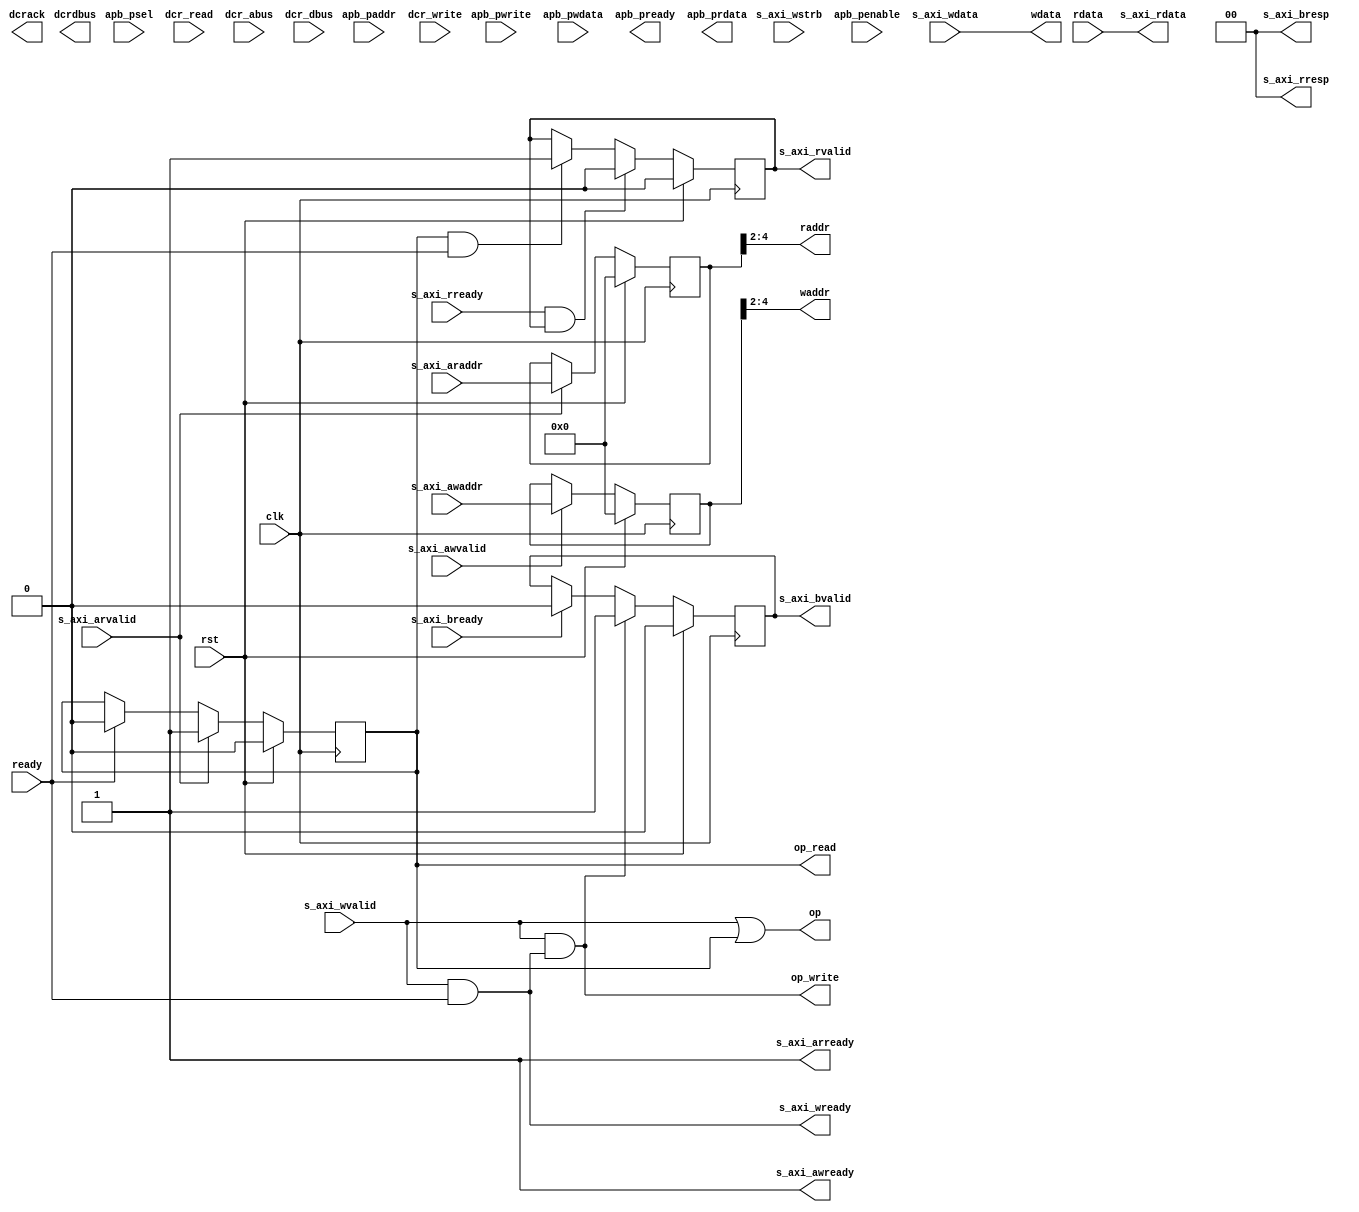
//---------------------------------------------------------
// Author      :
// Company     :
//
//---------------------------------------------------------
// Description: 
// This is a bus convert module, the supportting 
// input interface is AXI-Lite, APB and DCR interface.
// Do not support write data mark or read data mark.
//---------------------------------------------------------
// parameter:
// C_BUS_PROTOCAL  0: AXI-Lite
//                 1: APB
//                 2: DCR
// 
//---------------------------------------------------------
// Output Timing 
// Note: 1 Ready signal must be arrive within 8 cycle after op start.
//       2 Read data must not be channged if no new read op occur.
// Write Timing: 
//              |--|  |--|  |--|  |--| 
// clk     -----|  |--|  |--|  |--|  |--
//              |-----------|
// op      -----|           |-----------
//              |-----------|
// op_write-----|           |-----------
//              |***********|
// waddr   -----|***********|-----------
//              |***********|
// wdata   -----|***********|-----------
//                    |-----|
// ready   -----------|     |-----------
// 
// Read Timing:
//              |--|  |--|  |--|  |--|  
// clk     -----|  |--|  |--|  |--|  |--
//              |-----------|
// op      -----|           |-----------
//              |-----------|
// op_read -----|           |-----------
//              |***********|
// raddr   -----|***********|-----------
//                    |*****|
// rdata   -----------|*****|
//                    |-----|
// ready   -----------|     |-----------
//
//---------------------------------------------------------

`timescale 1ns/1ps

module bus_conv
  (
   clk,
   rst,

   s_axi_awaddr,
   s_axi_awvalid,
   s_axi_awready,
   s_axi_wdata,
   s_axi_wstrb,
   s_axi_wvalid,
   s_axi_wready,
   s_axi_bresp,
   s_axi_bvalid,
   s_axi_bready,
   s_axi_araddr,
   s_axi_arvalid,
   s_axi_arready,
   s_axi_rdata,
   s_axi_rresp,
   s_axi_rvalid,
   s_axi_rready,

   apb_psel,
   apb_penable,
   apb_paddr,
   apb_pwrite,
   apb_pwdata,
   apb_pready,
   apb_prdata,

   dcr_read,
   dcr_write,
   dcr_abus,
   dcr_dbus,
   dcrdbus,
   dcrack,

   op,
   op_write,
   op_read,
   waddr,
   raddr,
   wdata,
   ready,
   rdata
   );
   parameter C_BUS_PROTOCAL = 0;
   parameter C_S_AXI_ADDR_WIDTH = 5;
   parameter C_S_AXI_DATA_WIDTH = 32;
   parameter C_APB_ADDR_WIDTH = 32;
   parameter C_APB_DATA_WIDTH = 32;
   parameter C_DCR_AWIDTH = 5;
   parameter C_DCR_DWIDTH = 32;
   parameter C_ADDR_W = 3;

   input clk;
   input rst;
   input [C_S_AXI_ADDR_WIDTH-1:0] s_axi_awaddr;
   input 			  s_axi_awvalid;
   output 			  s_axi_awready;
   input [C_S_AXI_DATA_WIDTH-1:0] s_axi_wdata;
   input [C_S_AXI_DATA_WIDTH/8-1:0] s_axi_wstrb;
   input 			    s_axi_wvalid;
   output 			    s_axi_wready;
   output [1:0] 		    s_axi_bresp;
   output 			    s_axi_bvalid;
   input 			    s_axi_bready;
   input [C_S_AXI_ADDR_WIDTH-1:0]   s_axi_araddr;
   input 			    s_axi_arvalid;
   output 			    s_axi_arready;
   output [C_S_AXI_DATA_WIDTH-1:0]  s_axi_rdata;
   output [1:0] 		    s_axi_rresp;
   output 			    s_axi_rvalid;
   input 			    s_axi_rready;

   input 			    apb_psel;
   input 			    apb_penable;
   input [C_APB_ADDR_WIDTH-1:0]     apb_paddr;
   input 			    apb_pwrite;
   input [C_APB_DATA_WIDTH-1:0]     apb_pwdata;
   output 			    apb_pready;
   output [C_APB_DATA_WIDTH-1:0]    apb_prdata;

   input 			    dcr_read;
   input 			    dcr_write;
   input [C_DCR_AWIDTH-1:0] 	    dcr_abus;
   input [C_DCR_DWIDTH-1:0] 	    dcr_dbus;
   output [C_DCR_DWIDTH-1:0] 	    dcrdbus;
   output 			    dcrack;

   output 			    op;
   output 			    op_write;
   output 			    op_read;
   output [C_ADDR_W-1:0] 	    waddr;
   output [C_ADDR_W-1:0] 	    raddr;
   output [31:0] 		    wdata;
   input 			    ready;
   input [31:0] 		    rdata;

   reg 				    s_axi_bvalid;
   reg 				    s_axi_read;
   reg 				    s_axi_rvalid;
   reg [C_S_AXI_ADDR_WIDTH-1:0]     axi_waddr; 
   reg [C_S_AXI_ADDR_WIDTH-1:0]     axi_raddr; 
   wire 			    read_st;

   //----------------------------------
   // AXI-Lite interface
   //----------------------------------
   generate if(C_BUS_PROTOCAL == 0)
     begin // Note: do not support adddress pipeline
        assign op = s_axi_wvalid || op_read;
	assign op_write = s_axi_wvalid & s_axi_wready;
	assign op_read  = s_axi_read;
	assign waddr = axi_waddr[C_ADDR_W+2-1:2];
	assign raddr = axi_raddr[C_ADDR_W+2-1:2];
	assign wdata = s_axi_wdata;
	assign s_axi_rdata =  rdata;
	assign read_st = s_axi_arvalid & s_axi_arready;
	assign s_axi_awready = 1'h1;
	assign s_axi_wready = s_axi_wvalid & ready;
	assign s_axi_bresp = 2'h0;
	assign s_axi_arready = 1'h1;
	assign s_axi_rresp = 2'h0;

	always @ (posedge clk)
	  begin
             if (rst)
               s_axi_bvalid <= #1 1'h0;
             else if (op_write)
               s_axi_bvalid <= #1 1'h1;
             else if (s_axi_bready)
               s_axi_bvalid <= #1 1'h0;
	  end

	always @ (posedge clk)
	  begin
             if (rst)
               axi_waddr <= #1 0;
             else if (s_axi_awvalid & s_axi_awready)
               axi_waddr <= #1 s_axi_awaddr;
	  end

	always @ (posedge clk)
	  begin
             if (rst)
               axi_raddr <= #1 0;
             else if (read_st)
               axi_raddr <= #1 s_axi_araddr;
	  end

	always @ (posedge clk)
	  begin
             if (rst)
               s_axi_read <= #1 1'h0;
             else if (read_st)
               s_axi_read <= #1 1'h1;
             else if(ready)
               s_axi_read <= #1 1'h0;
	  end

	always @ (posedge clk)
	  begin
             if (rst)
               s_axi_rvalid <= #1 1'h0;
             else if(s_axi_rready && s_axi_rvalid)
               s_axi_rvalid <= #1 1'h0;
             else if (s_axi_read && ready)
               s_axi_rvalid <= #1 1'h1;
	  end

     end
   endgenerate

   //----------------------------------
   // APB interface
   //----------------------------------
   generate if(C_BUS_PROTOCAL == 1)
     begin
	assign op = apb_psel & apb_penable;
	assign op_write = op & apb_pwrite & ready;
	assign op_read = op & ~apb_pwrite;
	assign waddr = apb_paddr[C_ADDR_W+2-1:2];
	assign raddr = apb_paddr[C_ADDR_W+2-1:2];
	assign wdata = apb_pwdata;
	assign apb_pready = ready;
	assign apb_prdata = rdata;
     end
   endgenerate

   //----------------------------------
   // DCR interface
   //----------------------------------
   generate if(C_BUS_PROTOCAL == 2)
     begin
	assign op = dcr_write || dcr_read;
	assign op_write = dcr_write & ready;
	assign op_read = dcr_read;
	assign waddr = dcr_abus[C_ADDR_W-1:0];
	assign raddr = dcr_abus[C_ADDR_W-1:0];
	assign wdata = dcr_dbus;
	assign dcrack = ready;
	assign dcrdbus = rdata;
     end
   endgenerate

endmodule